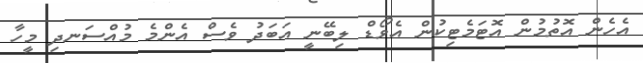
އެހެން އޮތުމުން އޮޓަމެޓިކުން އެވޯޑް ލިބޭނީ އަބަދު ވެސް އެންމެ މުއްސަނދި މީހާ